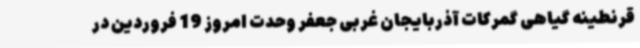
قرنطینه گیاهی گمرکات آذربایجان غربی جعفر وحدت امروز 19 فروردین در